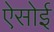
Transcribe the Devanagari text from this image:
ऐसोई